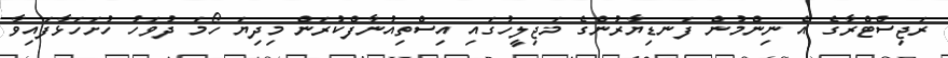
ރަޖިސްޓްރާގެ އެ ނިންމުން ފަނޑިޔާރުންގެ މަޖިލީހުގައި އިސްތިއުނާފްކުރަން މިދިޔަ ހޯމަ ދުވަހު ހުށަހަޅާފައިވާ